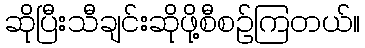
ဆိုပြီးသီချင်းဆိုဖို့စီစဉ်ကြတယ်။